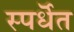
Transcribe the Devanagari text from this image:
स्पर्धॆत